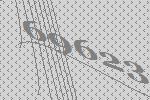
69623